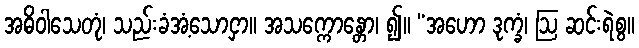
အဓိဝါသေတုံ၊ သည်းခံအံ့သောငှာ။ အသက္ကောန္တော၊ ၍။ “အဟော ဒုက္ခံ၊ ဩ ဆင်းရဲစွ။